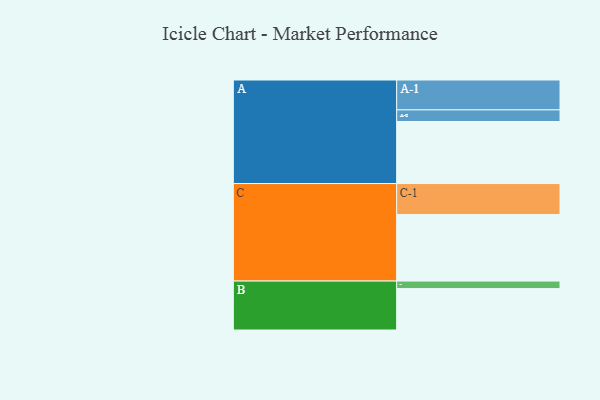
{"axis": {"x": "Segment", "y": "Value"}, "legend": ["", "A", "B", "C"], "data": [{"x": "A", "y": 544, "type": ""}, {"x": "B", "y": 363, "type": ""}, {"x": "C", "y": 583, "type": ""}, {"x": "A-1", "y": 262, "type": "A"}, {"x": "A-2", "y": 102, "type": "A"}, {"x": "B-1", "y": 66, "type": "B"}, {"x": "C-1", "y": 272, "type": "C"}]}